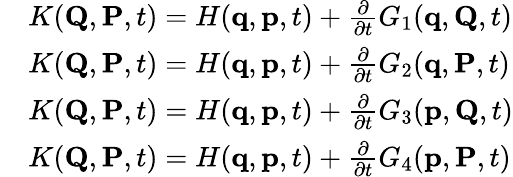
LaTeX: {\begin{array}{rl}&{K(\mathbf{Q},\mathbf{P},t)=H(\mathbf{q},\mathbf{p},t)+{\frac{\partial}{\partial t}}G_{1}(\mathbf{q},\mathbf{Q},t)}\\ &{K(\mathbf{Q},\mathbf{P},t)=H(\mathbf{q},\mathbf{p},t)+{\frac{\partial}{\partial t}}G_{2}(\mathbf{q},\mathbf{P},t)}\\ &{K(\mathbf{Q},\mathbf{P},t)=H(\mathbf{q},\mathbf{p},t)+{\frac{\partial}{\partial t}}G_{3}(\mathbf{p},\mathbf{Q},t)}\\ &{K(\mathbf{Q},\mathbf{P},t)=H(\mathbf{q},\mathbf{p},t)+{\frac{\partial}{\partial t}}G_{4}(\mathbf{p},\mathbf{P},t)}\end{array}}